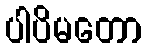
ပါပိမတော